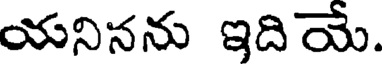
యనినను ఇదియే.